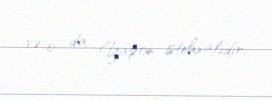
və o da Yapon istehsalıdır.